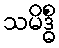
သမိဒ္ဓိံ